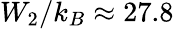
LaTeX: W_{2}/k_{B}\approx 27.8